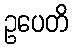
ဥပေတိ